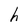
Character: h